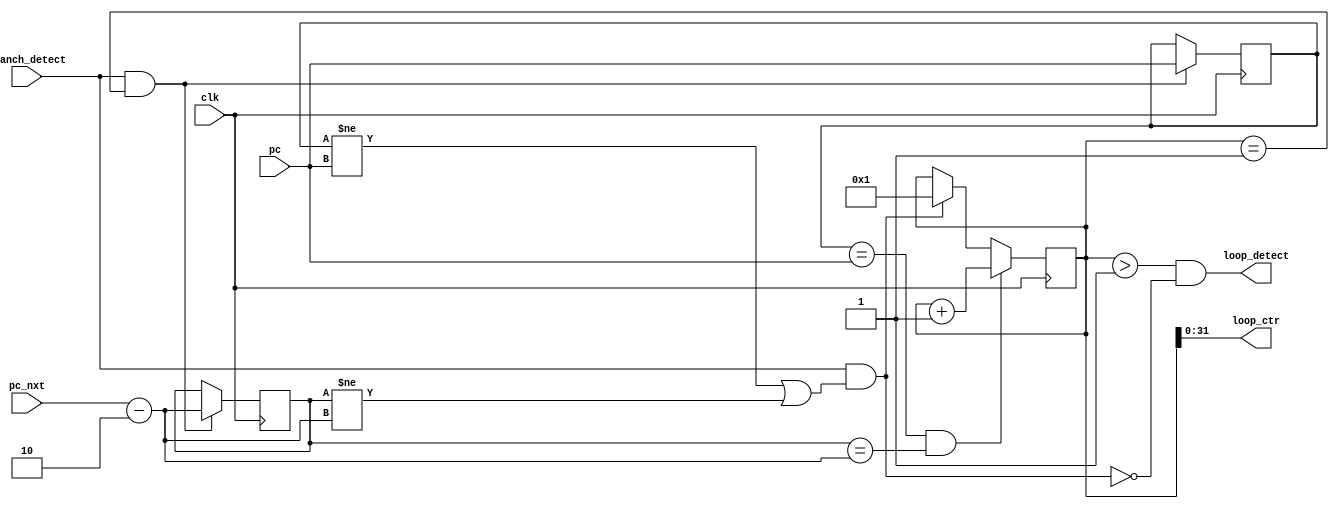
module  loop_monitor (
    clk,    
    pc,
    pc_nxt,
    // prev_pc,
    // acfa_nmi,
    // hw_wr_en,
    branch_detect,

    loop_detect,    
    loop_ctr
);

parameter TCB_BASE = 16'ha000;
parameter TCB_EXIT = 16'hdffe;
parameter CTR_MIN = 1;
parameter CTR_SIZE = 32;
 
input           clk;
input   [15:0]  pc;         //dest
input   [15:0]  pc_nxt;    //src
// input   [15:0]  prev_pc;    //src
// input           acfa_nmi; 
// input           hw_wr_en;
input           branch_detect;

output          loop_detect;
output  [CTR_SIZE-1:0]  loop_ctr;
// output  [15:0]  cflow_src;
// output  [15:0]  cflow_dest;

// reg loop_detect_bit = 1'b0;
reg [32:0] ctr = CTR_MIN;
reg [15:0] loop_src;
reg [15:0] loop_dest;

// reg [15:0] next_pc = 0;

// always @(posedge (clk))
// begin
//     if(pc != prev_pc)
//         next_pc <= pc_nxt;
// end

// wire loop_done = (loop_src == pc && loop_dest != pc_nxt && pc_nxt != pc && pc_nxt != loop_dest+16'h0002);
// wire loop_done = (loop_src == pc && ~(loop_dest == pc_nxt || loop_dest == pc_nxt-2));// && pc_nxt != pc && pc_nxt != loop_dest+16'h0002);

always @(posedge clk)
begin
    // First instance
    if(branch_detect && ctr == CTR_MIN)
    begin
        loop_src <= pc;
        loop_dest <= pc_next;
    end
end
wire [15:0] pc_next = pc_nxt-2;
wire loop_done = branch_detect & ((loop_src != pc) | (loop_dest != pc_next));
always @(posedge clk)
begin
    // Set ctr
    // if(hw_wr_en && loop_src == prev_pc && loop_dest == pc)
    if(loop_src == pc && loop_dest == pc_next)
        ctr <= ctr + 1;
    else if(loop_done)
        ctr <= CTR_MIN; 
    else
        ctr <= ctr;
end

// reg tcb_flag = 1'b0;
// always @(posedge clk)
// begin
//     if(acfa_nmi)
//         tcb_flag <= 1'b1;
//     else if(pc == TCB_EXIT)
//         tcb_flag <= 1'b0;
//     else
//         tcb_flag <= tcb_flag;
// end

// always @(posedge clk)
// begin
//     // Set Loop Detect Bits Logic
//     if(loop_done || acfa_nmi)
//         loop_detect_bit <= 1'b0;
//     else if(ctr > CTR_MIN)
//         loop_detect_bit <= 1'b1;
//     else
//         loop_detect_bit <= 1'b0;
// end

assign loop_detect = (ctr > CTR_MIN) & ~loop_done;
assign loop_ctr = ctr;

endmodule